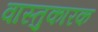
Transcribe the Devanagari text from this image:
वास्तुकारक